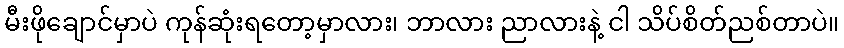
မီးဖိုချောင်မှာပဲ ကုန်ဆုံးရတော့မှာလား၊ ဘာလား ညာလားနဲ့ ငါ သိပ်စိတ်ညစ်တာပဲ။